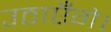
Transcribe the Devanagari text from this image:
उठाएँगे।